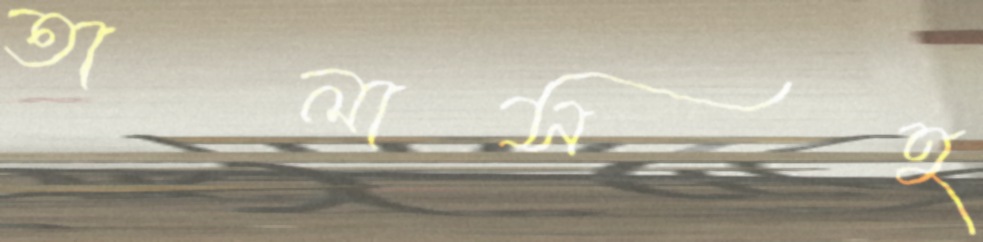
তালাসহ